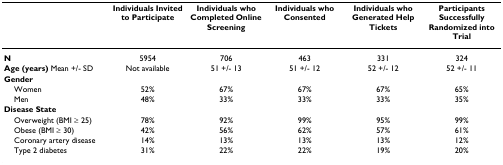
|  | Individuals Invited to Participate | Individuals who Completed Online Screening | Individuals who Consented | Individuals who Generated Help Tickets | Participants Successfully Randomized into Trial |
 | --- | --- | --- | --- | --- | --- |
 | N | 5954 | 706 | 463 | 331 | 324 |
 | Age (years) Mean +/- SD | Not available | 51 +/- 13 | 51 +/- 12 | 52 +/- 12 | 52 +/- 11 |
 | Gender |  |  |  |  |  |
 | Women | 52% | 67% | 67% | 67% | 65% |
 | Men | 48% | 33% | 33% | 33% | 35% |
 | Disease State |  |  |  |  |  |
 | Overweight (BMI ≥ 25) | 78% | 92% | 99% | 95% | 99% |
 | Obese (BMI ≥ 30) | 42% | 56% | 62% | 57% | 61% |
 | Coronary artery disease | 14% | 13% | 13% | 13% | 12% |
 | Type 2 diabetes | 31% | 22% | 22% | 19% | 20% |